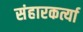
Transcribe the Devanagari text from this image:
संहारकर्त्या